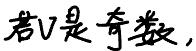
若$v$是奇数，